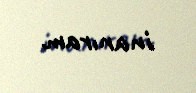
inanıram.